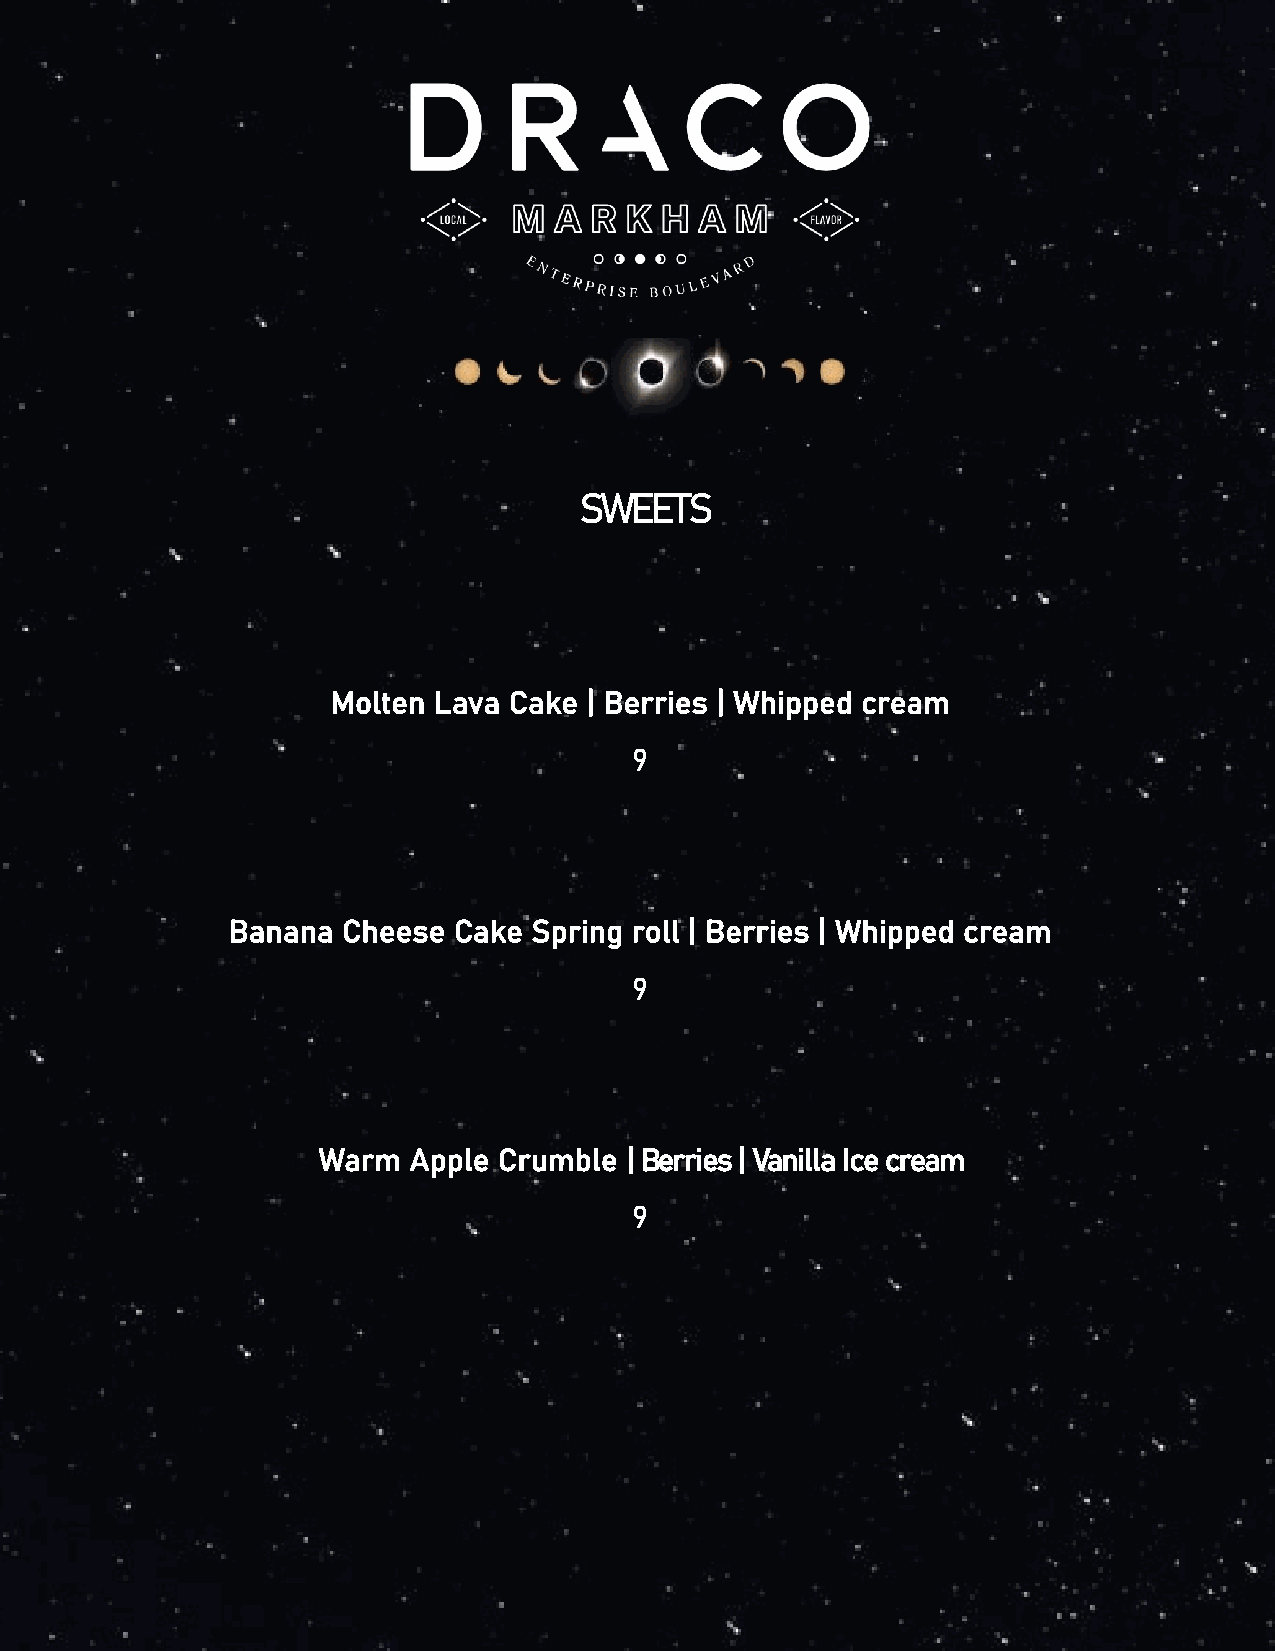
SWEETS
 Molten Lava Cake | Berries | Whipped cream
 9
 Banana  Cheese Cake Spring roll | Berries | Whipped cream
 9
 Warm  Apple Crumble | Berries | Vanilla Ice cream
 9